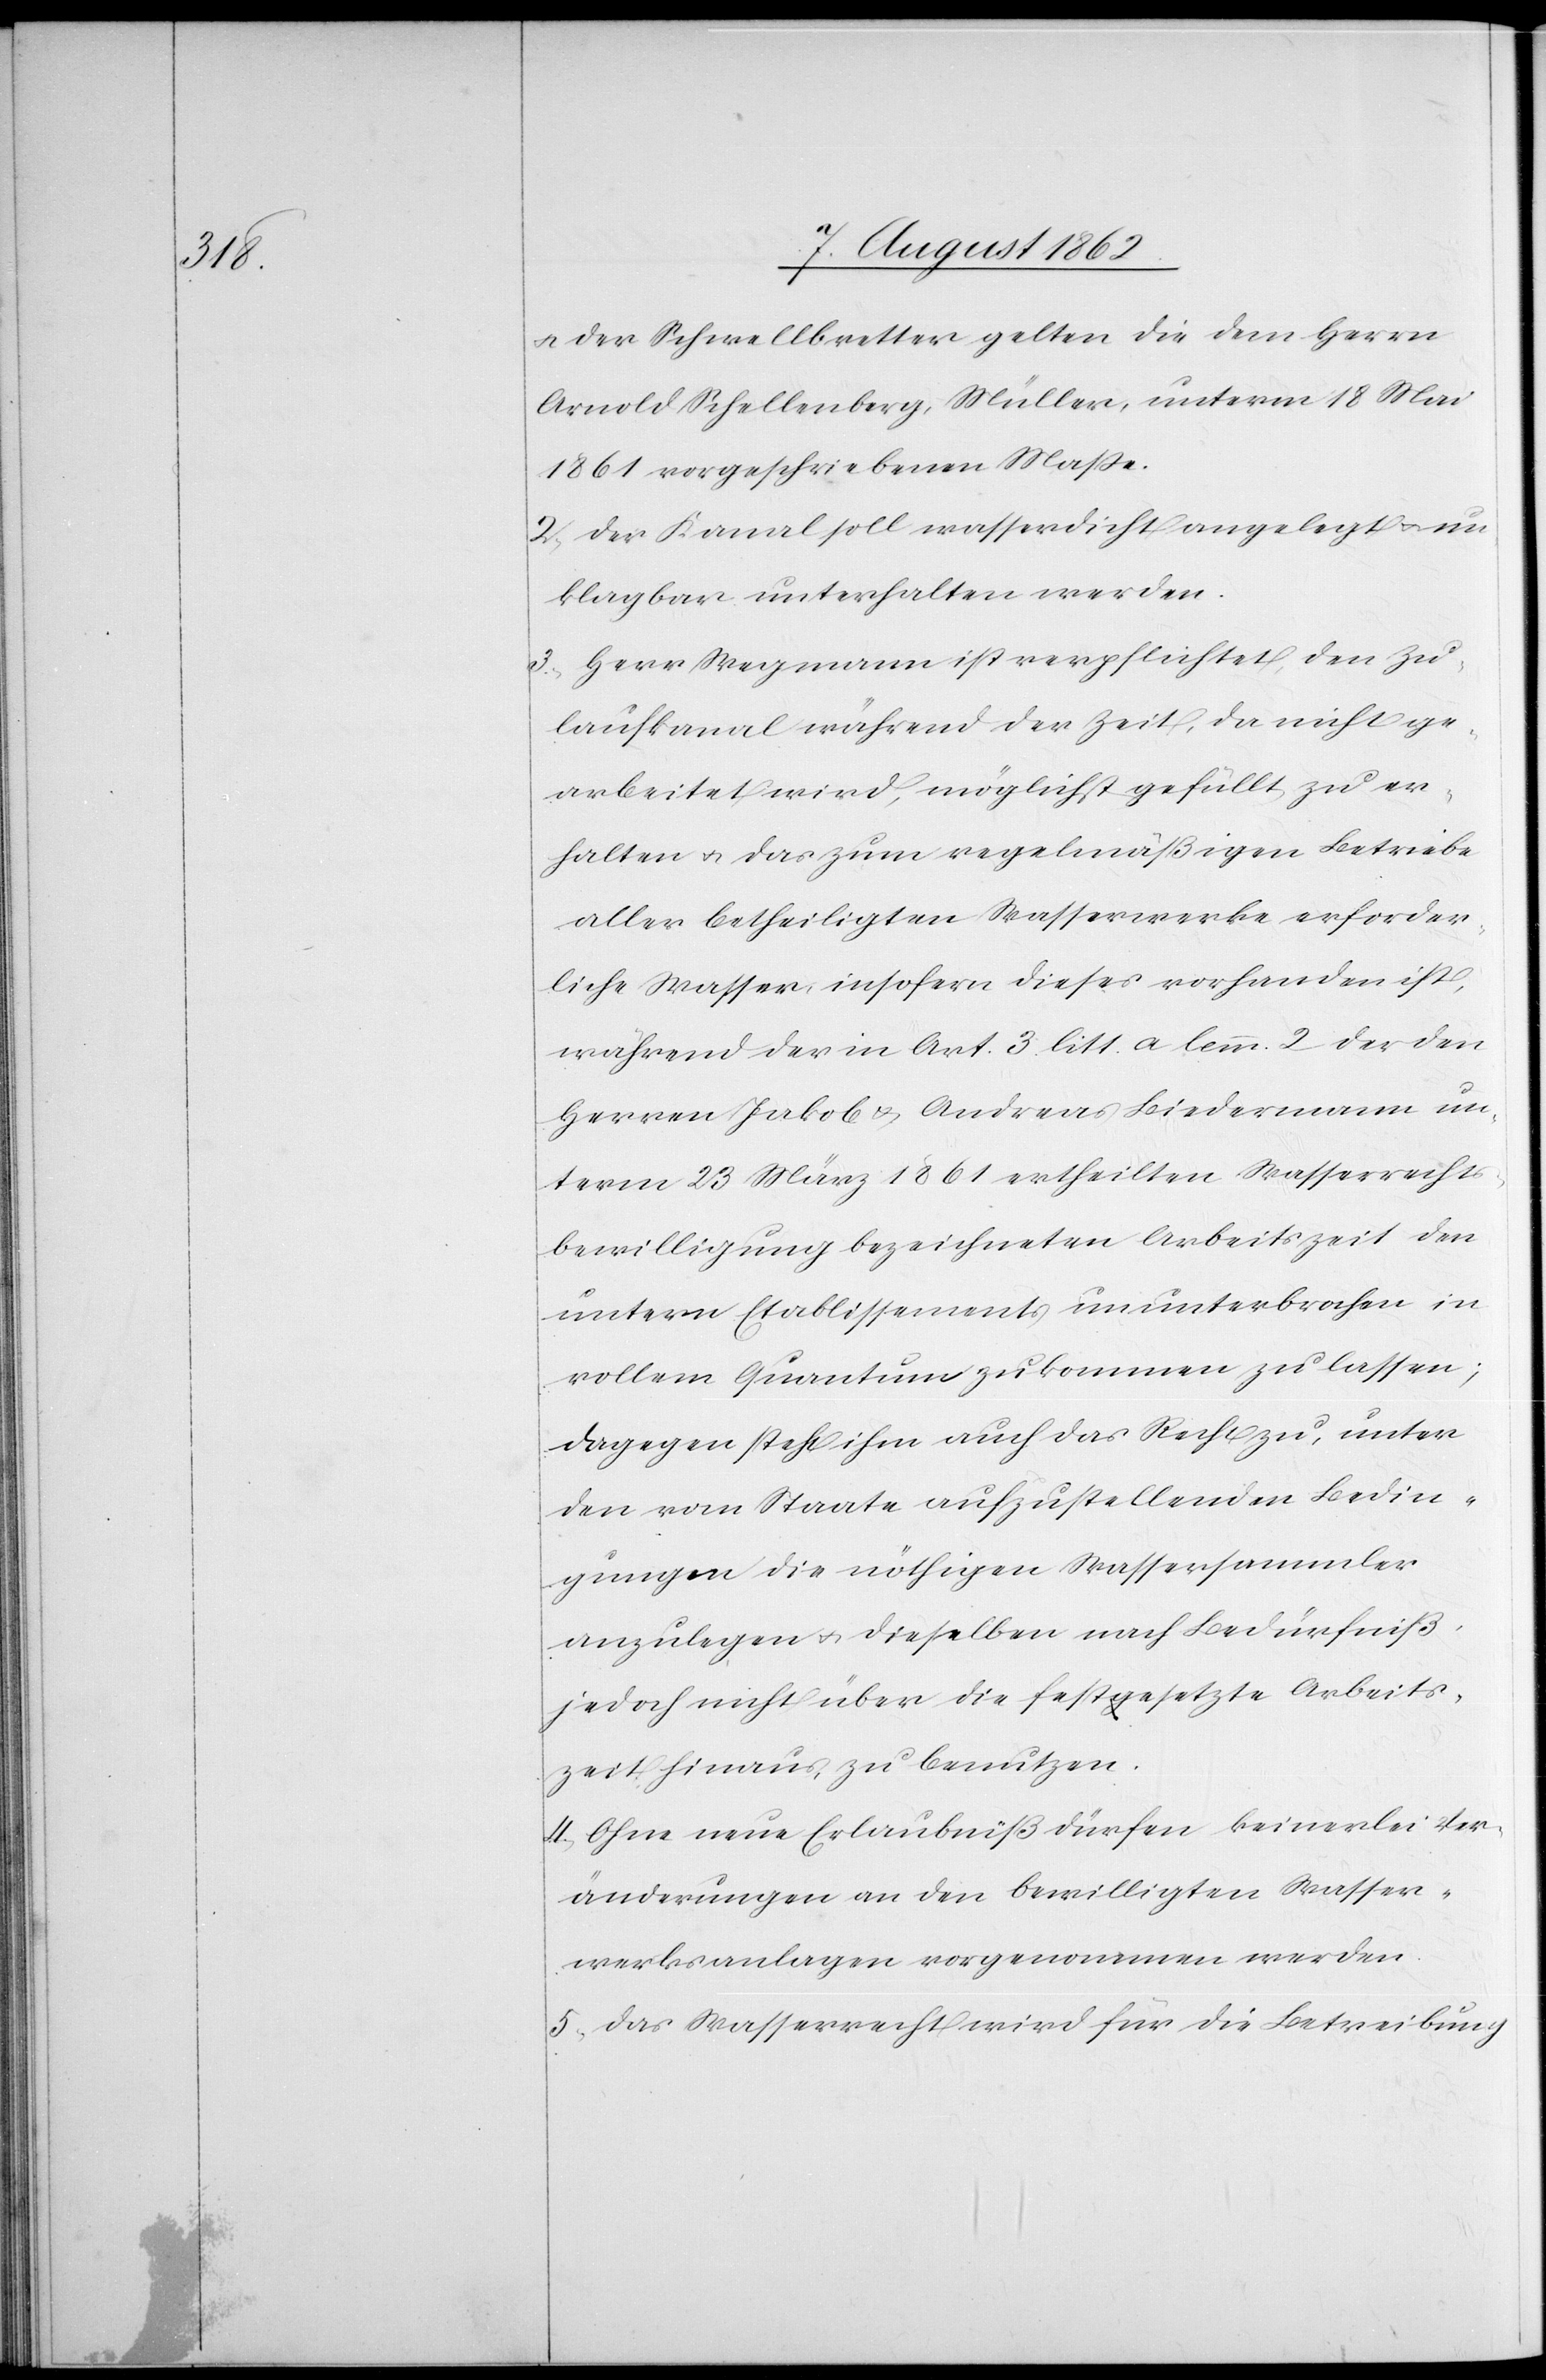
u. der Schwellbretter gelten die dem Herrn
Arnold Schellenberg, Müller, unterm 18. Mai
1861 vorgeschriebenen Maße.
2. Der Kanal soll wasserdicht angelegt u. un¬
klagbar unterhalten werden.
3. Herr Wegmann ist verpflichtet, den Zu¬
laufkanal während der Zeit, da nicht ge¬
arbeitet wird, möglichst gefüllt zu er¬
halten u. das zum regelmäßigen Betriebe
aller betheiligten Wasserwerke erforder¬
liche Wasser, insofern dieses vorhanden ist,
während der in Art. 3 litt. a lemm. 2 der den
Herren Jakob u. Andreas Biedermann un¬
term 23. März 1861 ertheilten Wasserrechts¬
bewilligung bezeichneten Arbeitszeit den
untern Etablissements ununterbrochen in
vollem Quantum zu kommen zu lassen;
Dagegen steht ihm auch das Recht zu, unter
den vom Staate aufzustellenden Bedin¬
gungen die nöthigen Wassersammler
anzulegen u. dieselben nach Bedürfniß,
jedoch nicht über die festgesetzte Arbeits¬
zeit hinaus zu benutzen.
4. Ohne neue Erlaubniß dürfen keinerlei Ver¬
änderungen an den bewilligten Wasser¬
werksanlagen vorgenommen werden.
5. Das Wasserrecht wird für die Betreibung